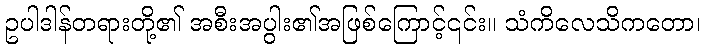
ဥပါဒါန်တရားတို့၏ အစီးအပွါး၏အဖြစ်ကြောင့်၎င်း။ သံကိလေသိကတော၊